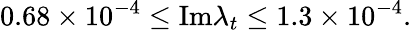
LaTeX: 0.68\times 10^{-4}\leq\mathrm{Im}\lambda_{t}\leq 1.3\times 10^{-4}.